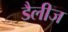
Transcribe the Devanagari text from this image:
डैलीज